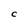
Character: C